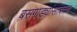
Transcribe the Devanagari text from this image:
बसगाड्यांसोबतच